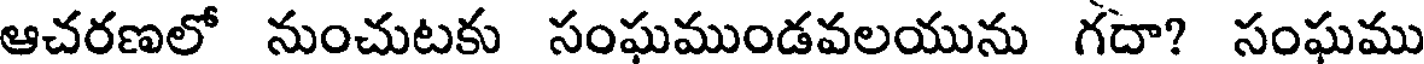
ఆచరణలో నుంచుటకు సంఘముండవలయును గదా? సంఘము